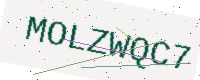
Text: MOLZWQC7